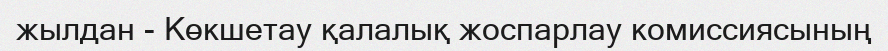
жылдан - Көкшетау қалалық жоспарлау комиссиясының